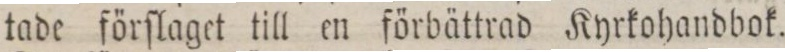
tade förſlaget till en förbättrad Kyrkohandbok.